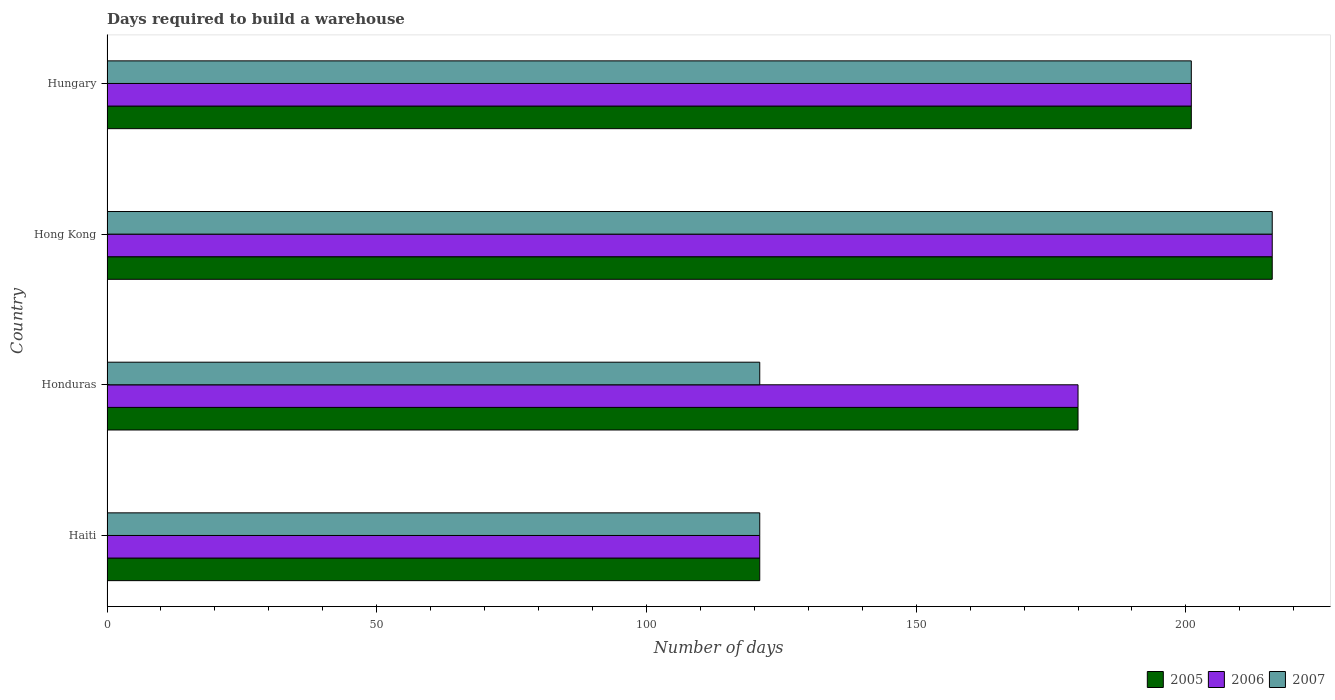
| Country | 2005 | 2006 | 2007 |
 | --- | --- | --- | --- |
 | Haiti | 121 | 121 | 121 |
 | Honduras | 180 | 180 | 121 |
 | Hong Kong | 216 | 216 | 216 |
 | Hungary | 201 | 201 | 201 |